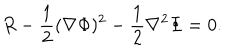
LaTeX: R - { \frac { 1 } { 2 } } ( \nabla \Phi ) ^ { 2 } - { \frac { 1 } { 2 } } \nabla ^ { 2 } \Phi = 0 .